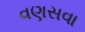
વણસવા